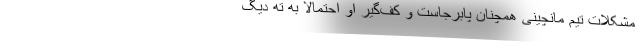
مشکلات تیم مانچینی همچنان پابرجاست و کف‌گیر او احتمالا به تهِ دیگ